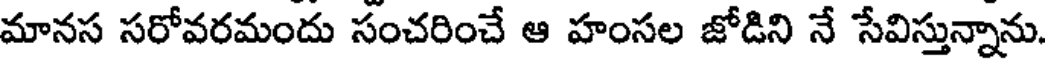
మానస సరోవరమందు సంచరించే ఆ హంసల జోడిని నే సేవిస్తున్నాను.